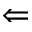
\Leftarrow